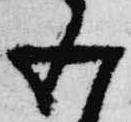
五